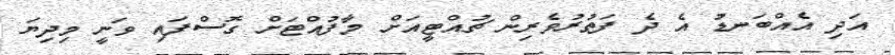
އަދި އެއްބަނޑު އެ ދެ ފަތުރުވެރިން ޗުއްޓީއަށް މާފުއްޓަށް ގޮސްފައި ވަނީ މިދިޔަ